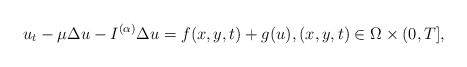
\begin{align*} u_{t}-\mu\Delta u-I^{(\alpha)}\Delta u=f(x,y,t)+g(u),(x,y,t)\in\Omega \times (0,T], \end{align*}